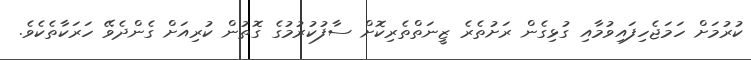
ކުރުމަށް ހަމަޖެހިފައިވުމާއި ގުޅިގެން ރަށުތެރެ ޒީނަތްތެރިކޮށް ސާފުކުރުމުގެ ގޮތުން ކުރިއަށް ގެންދެވޭ ހަރަކާތެކެވެ.